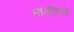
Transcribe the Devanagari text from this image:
मांसपिण्ड